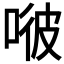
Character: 𠶎